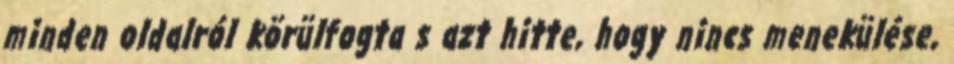
minden oldalról körülfogta s azt hitte, hogy nincs menekülése,